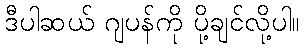
ဒီပါဆယ် ဂျပန်ကို ပို့ချင်လို့ပါ။